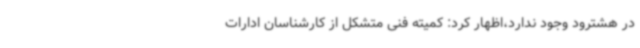
در هشترود وجود ندارد،اظهار کرد: کمیته فنی متشکل از کارشناسان ادارات